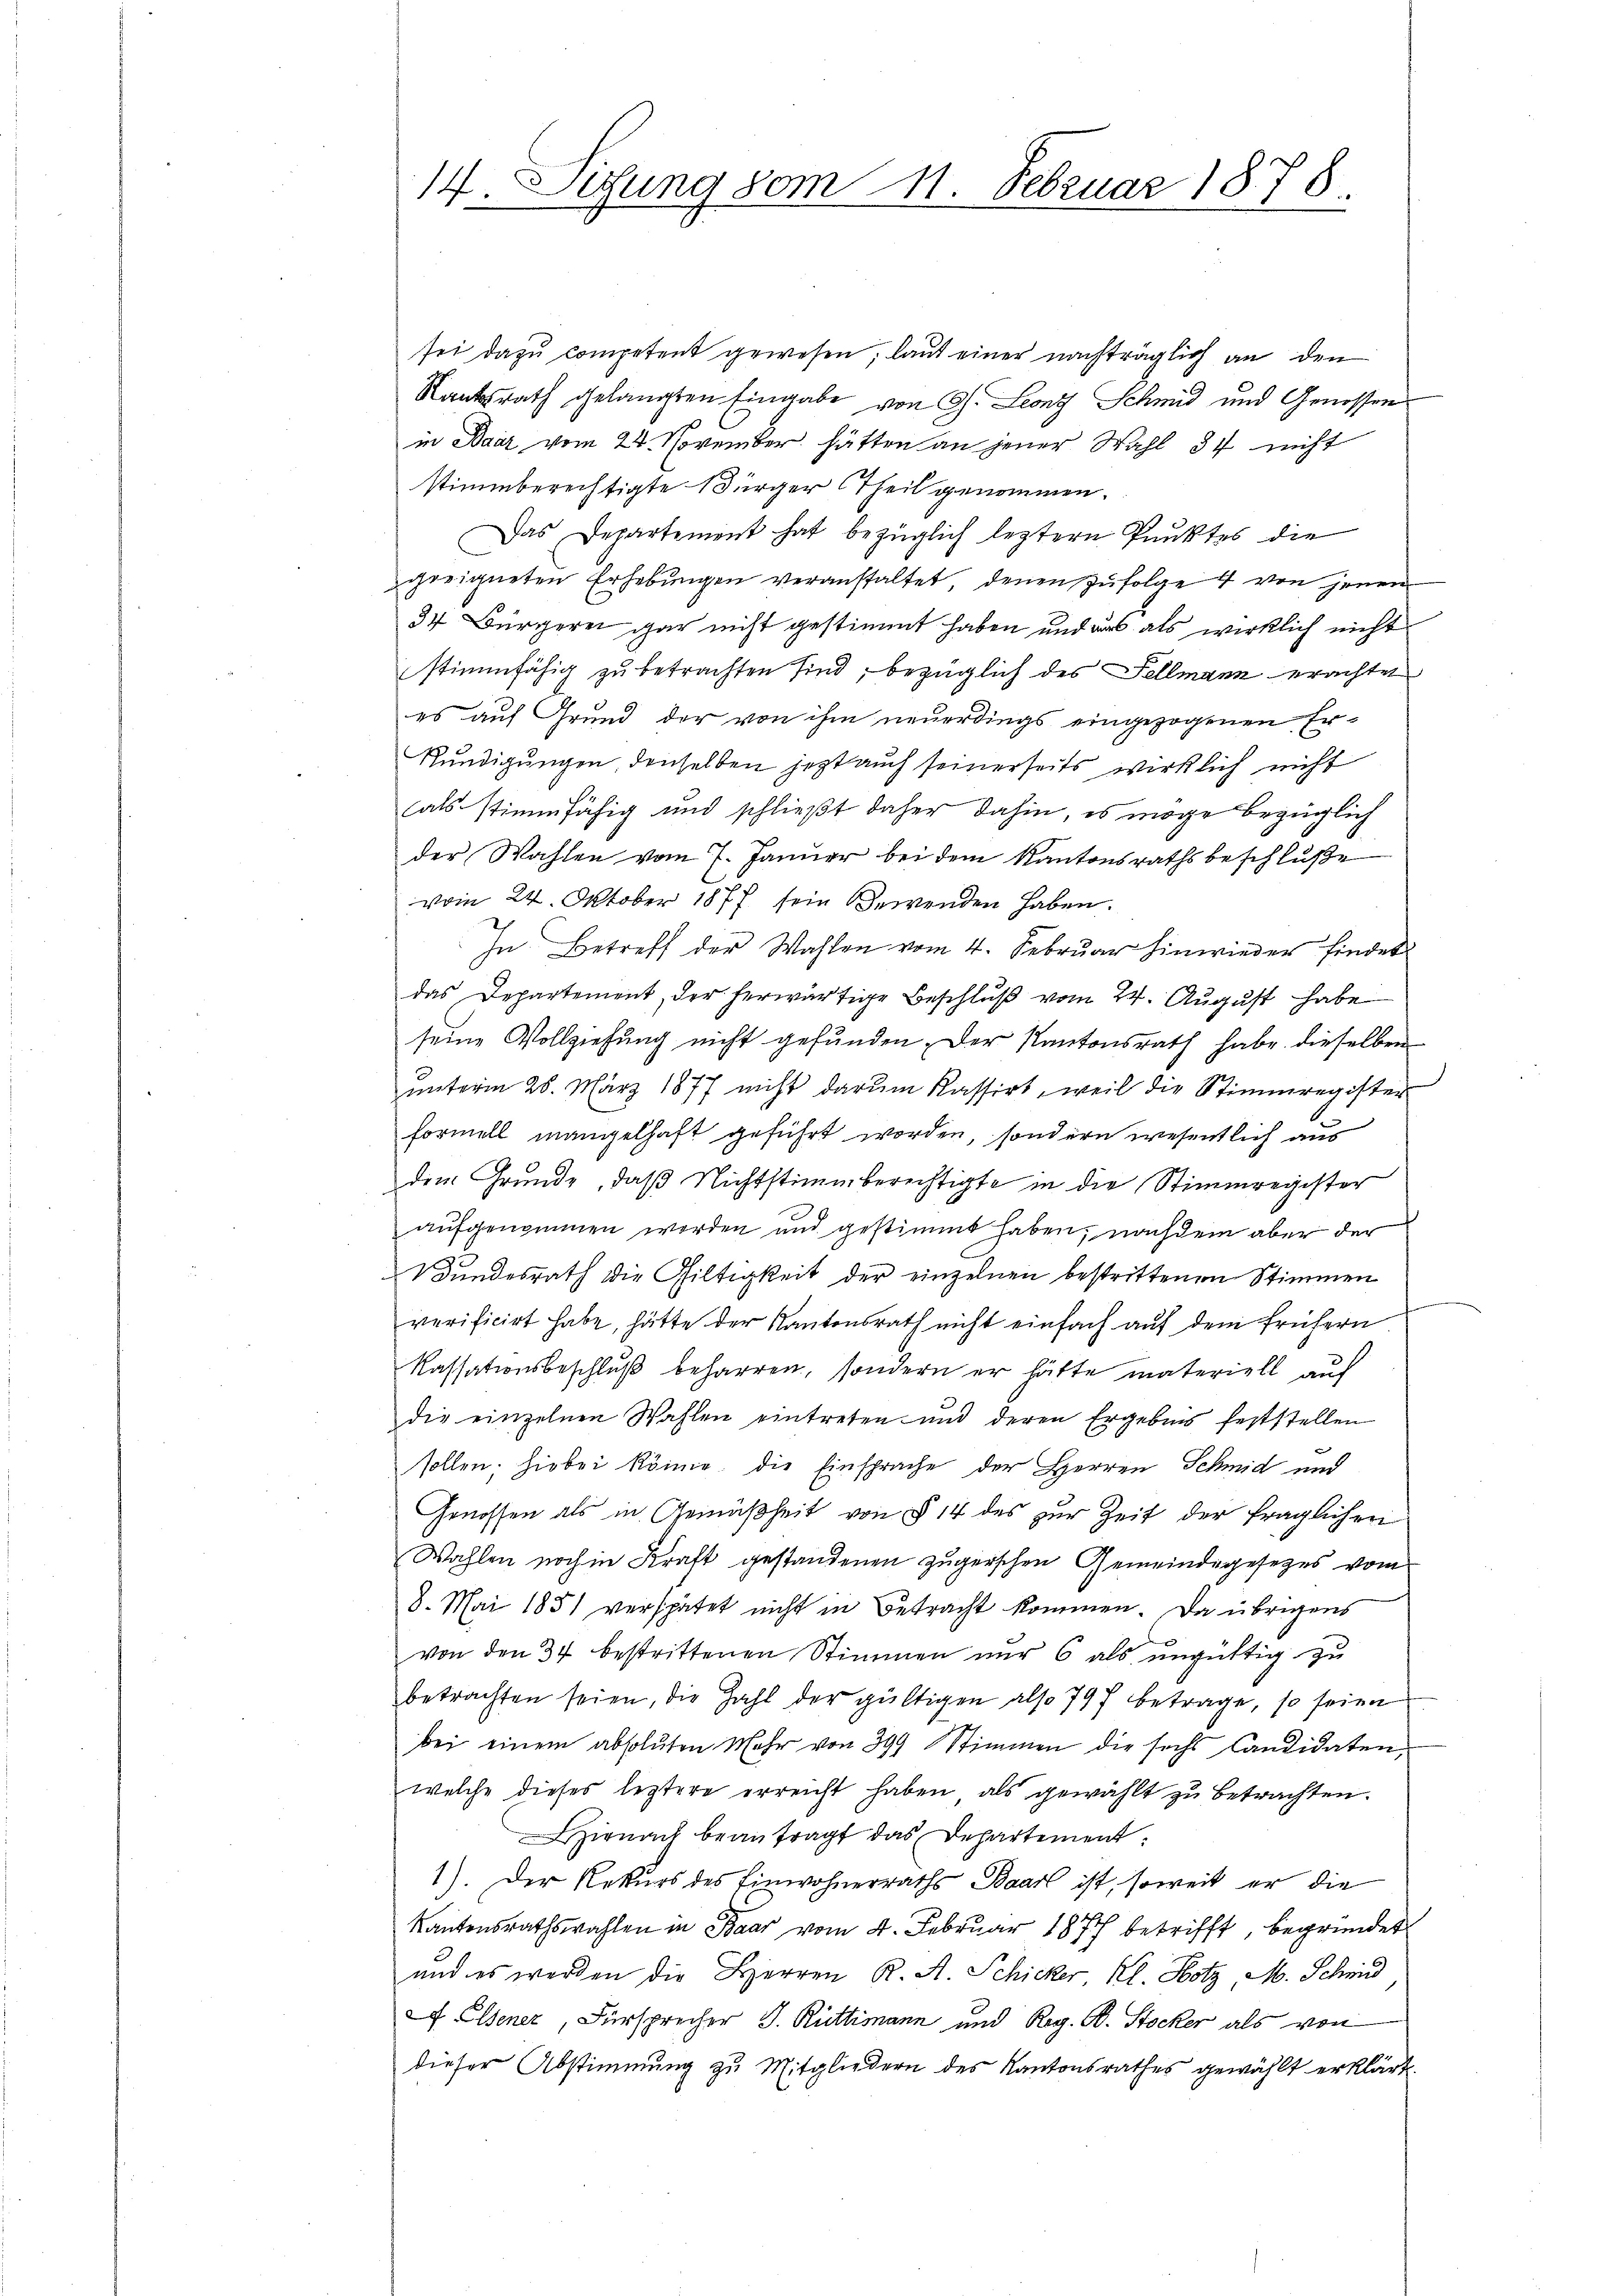
14. Sedung vom 11. Februar 1878.

sei dazu competent gewesen, laut einer nachträglich an den
Staatsrath gelangten Eingabe von Ch. Leonz Schmid und Genossen
in Baar vom 24. November hätten an jener Wahl 37 nicht
stimmberechtigte Bürger Theil genommen.
Das Departement hat bezüglich leztern Punktes die
geeigneten Erhebungen veranstaltet, denen zufolge 4 von jenen
37 Bürgerei gar nicht gestimmt haben und aus als wirklich nicht
stimmfähig zu betrachten sind; bezüglich des Fellmann erachtet
es auf Grund der von ihm neuerdings eingezogenen Er¬
Ründigungen, denselben jetzt auch seinerseits wirklich nicht
als stimmfähig und schließt daher dahin, es möge bezüglich
der Wahlen vom 7. Jänner bei dem Kantonsrathsbeschluße
vom 24. Oktober 1877 sein Bewenden haben.
In Betreff der Wahlen vom 4. Februar hinwieder findet
das Departement, der herwärtige Beschlŭβ vom 24. Aŭgŭst habe
seine Vollziehung nicht gefunden. Der Kantonsrath habe dieselben
ŭnterm 28. März 1877 nicht darum kassirt, weil die Stimmregister
Formell mangelhaft geführt worden, sondern wesentlich aus
dem Grunde, daß Nichtstimmberechtigte in die Stimmregister
aufgenommen worden und gestimmt haben, nachdem aber der
Bundesrath die Giltigkeit der einzelnen bestrittenen Stimmen
verificirt habe, hätte der Kantonsrath nicht einfach auf dem frühern
Kassationsbeschluß beharren, sondern er hätte materiell auf
die einzelnen Wahlen eintreten und deren Ergebnis feststellen
sollen. Hiebei könne, die Einsprache der Herren Schmid und
Genossen als in Gemäßheit von § 14 des zur Zeit der fraglichen
Wahlen noch in Kraft gestandenen zugerschen Gemeindegesetzes vom
8. Mai 1851 verspätet nicht in Betracht kommen. Da übrigens
von den 34 bestrittenen Stimmen nur 6 als ungültig zu
betrachten seien, die Zahl der gültigen also 797 betrage, so seien
bei einem absoluten Mehr von 399 Stimmen die sechs Candidaten,
welche dieses leztere erreicht haben, als gewählt zu betrachten.
irnach beantragt das Departement
1). Der Rekurs des Einwohnerraths Baar ist, soweit er die
Kantonsrathswahlen in Baar vom 4. Februar 187 betrifft, begründet
und es werden die Herren K. A. Schicker, Kl. Hotz M. Schmid
 Elsener, Fürsprecher J. Rüttimann und Reg. B. Stocker als von
dieser Abstimmung zu Mitgliedern des Kantonsrathes gewählt erklärt.